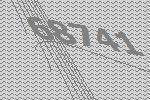
68741